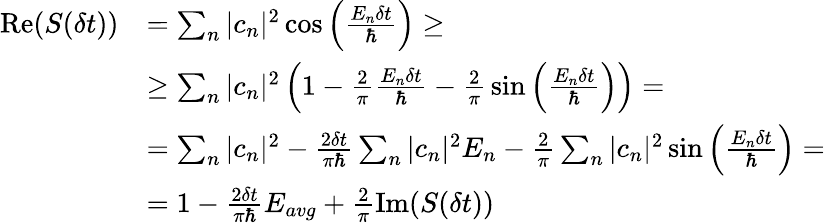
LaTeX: {\begin{array}{rl}{{\mathrm{Re}}(S(\delta t))}&{=\sum_{n}|c_{n}|^{2}\cos\left({\frac{E_{n}\delta t}{\hbar}}\right)\geq}\\ &{\geq\sum_{n}|c_{n}|^{2}\left(1-{\frac{2}{\pi}}{\frac{E_{n}\delta t}{\hbar}}-{\frac{2}{\pi}}\sin\left({\frac{E_{n}\delta t}{\hbar}}\right)\right)=}\\ &{=\sum_{n}|c_{n}|^{2}-{\frac{2\delta t}{\pi\hbar}}\sum_{n}|c_{n}|^{2}E_{n}-{\frac{2}{\pi}}\sum_{n}|c_{n}|^{2}\sin\left({\frac{E_{n}\delta t}{\hbar}}\right)=}\\ &{=1-{\frac{2\delta t}{\pi\hbar}}E_{avg}+{\frac{2}{\pi}}{\mathrm{Im}}(S(\delta t))}\end{array}}